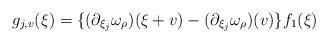
LaTeX: \begin{align*}g_{j,v}(\xi)=\{(\partial_{\xi_j}\omega_\rho)(\xi+v)-(\partial_{\xi_j}\omega_\rho)(v)\}f_1(\xi)\end{align*}